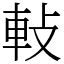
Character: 軙